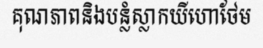
គុណភាពនិងបន្លំស្លាកយីហោថែម